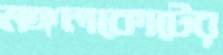
মঙ্গলকোটের